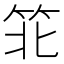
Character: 𬔶